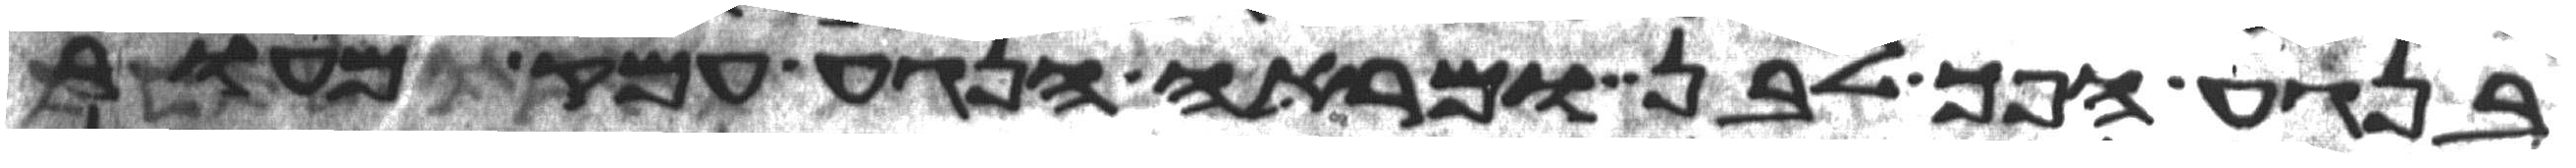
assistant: בנגע הפך לבן ומראה הנגע עמק מעור